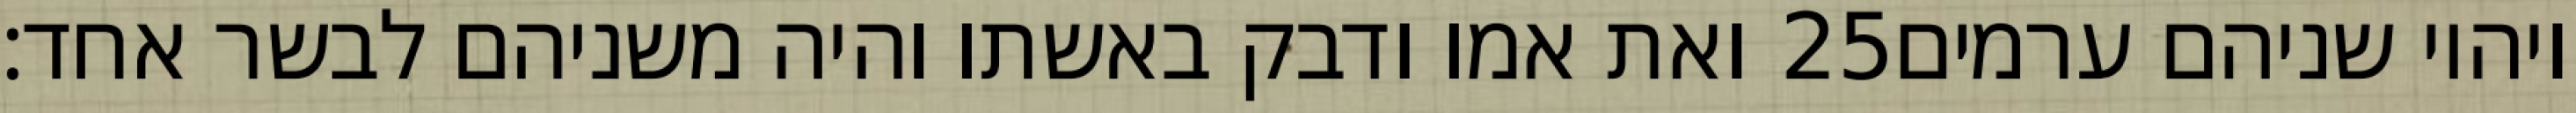
ואת אמו ודבק באשתו והיה משניהם לבשר אחד׃ ‎25‏ ויהיו שניהם ערמים